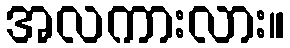
အလကားလား။